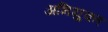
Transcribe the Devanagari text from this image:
अभियु्क्त